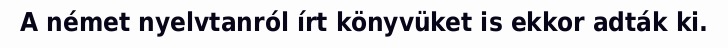
A német nyelvtanról írt könyvüket is ekkor adták ki.